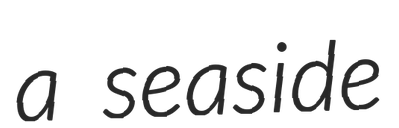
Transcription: a seaside